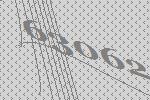
63062